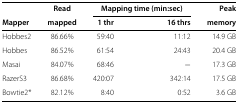
|  | Read | <COLSPAN=2> Mapping time (min:sec) | Peak |
 | Mapper | mapped | 1 thr | 16 thrs | memory |
 | --- | --- | --- | --- | --- |
 | Hobbes2 | 86.66% | 59:40 | 11:12 | 14.9 GB |
 | Hobbes | 86.52% | 61:54 | 24:43 | 20.4 GB |
 | Masai | 84.07% | 68:46 | − | 17.3 GB |
 | RazerS3 | 86.68% | 420:07 | 342:14 | 17.5 GB |
 | Bowtie2* | 82.12% | 8:40 | 0:52 | 3.6 GB |